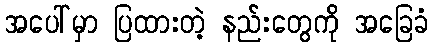
အပေါ်မှာ ပြထားတဲ့ နည်းတွေကို အခြေခံ